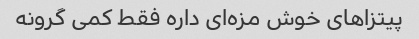
پیتزاهای خوش مزه‌ای داره فقط کمی گرونه